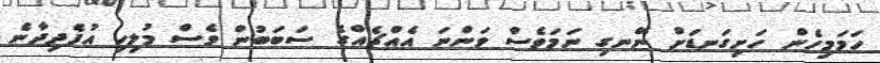
ހަމަމިހެން ހަށިގަނޑަށް ނޭނގި ނަމަވެސް ވަންނަ އެއްޗެއްގެ ސަބަބުން ވެސް މުލިހި އުފެދިދާނެ